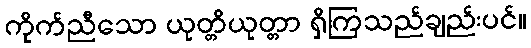
ကိုက်ညီသော ယုတ္တိယုတ္တာ ရှိကြသည်ချည်းပင်။